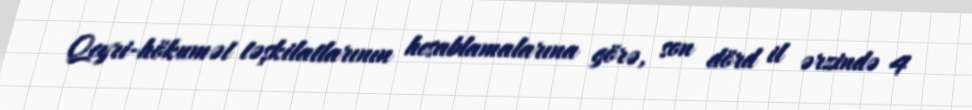
Qeyri-hökumət təşkilatlarının hesablamalarına görə, son dörd il ərzində 4